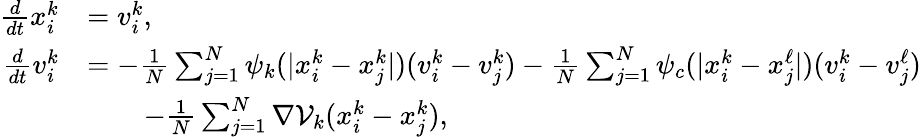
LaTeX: \begin{array}{rl}{\frac{d}{dt}x_{i}^{k}}&{=v_{i}^{k},}\\ {\frac{d}{dt}v_{i}^{k}}&{=-\frac{1}{N}\sum_{j=1}^{N}\psi_{k}(|x_{i}^{k}-x_{j}^{k}|)(v_{i}^{k}-v_{j}^{k})-\frac{1}{N}\sum_{j=1}^{N}\psi_{c}(|x_{i}^{k}-x_{j}^{\ell}|)(v_{i}^{k}-v_{j}^{\ell})}\\ &{\qquad-\frac{1}{N}\sum_{j=1}^{N}\nabla\mathcal V_{k}(x_{i}^{k}-x_{j}^{k}),}\end{array}